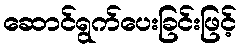
ဆောင်ရွက်ပေးခြင်းဖြင့်